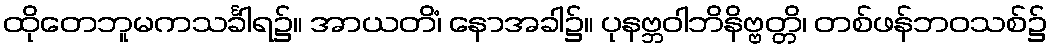
ထိုတေဘူမကသင်္ခါရ၌။ အာယတိံ၊ နောအခါ၌။ ပုနဗ္ဘဝါဘိနိဗ္ဗတ္တိ၊ တစ်ဖန်ဘဝသစ်၌